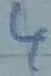
Text: 4